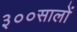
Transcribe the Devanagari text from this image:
३००सालों